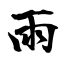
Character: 雨